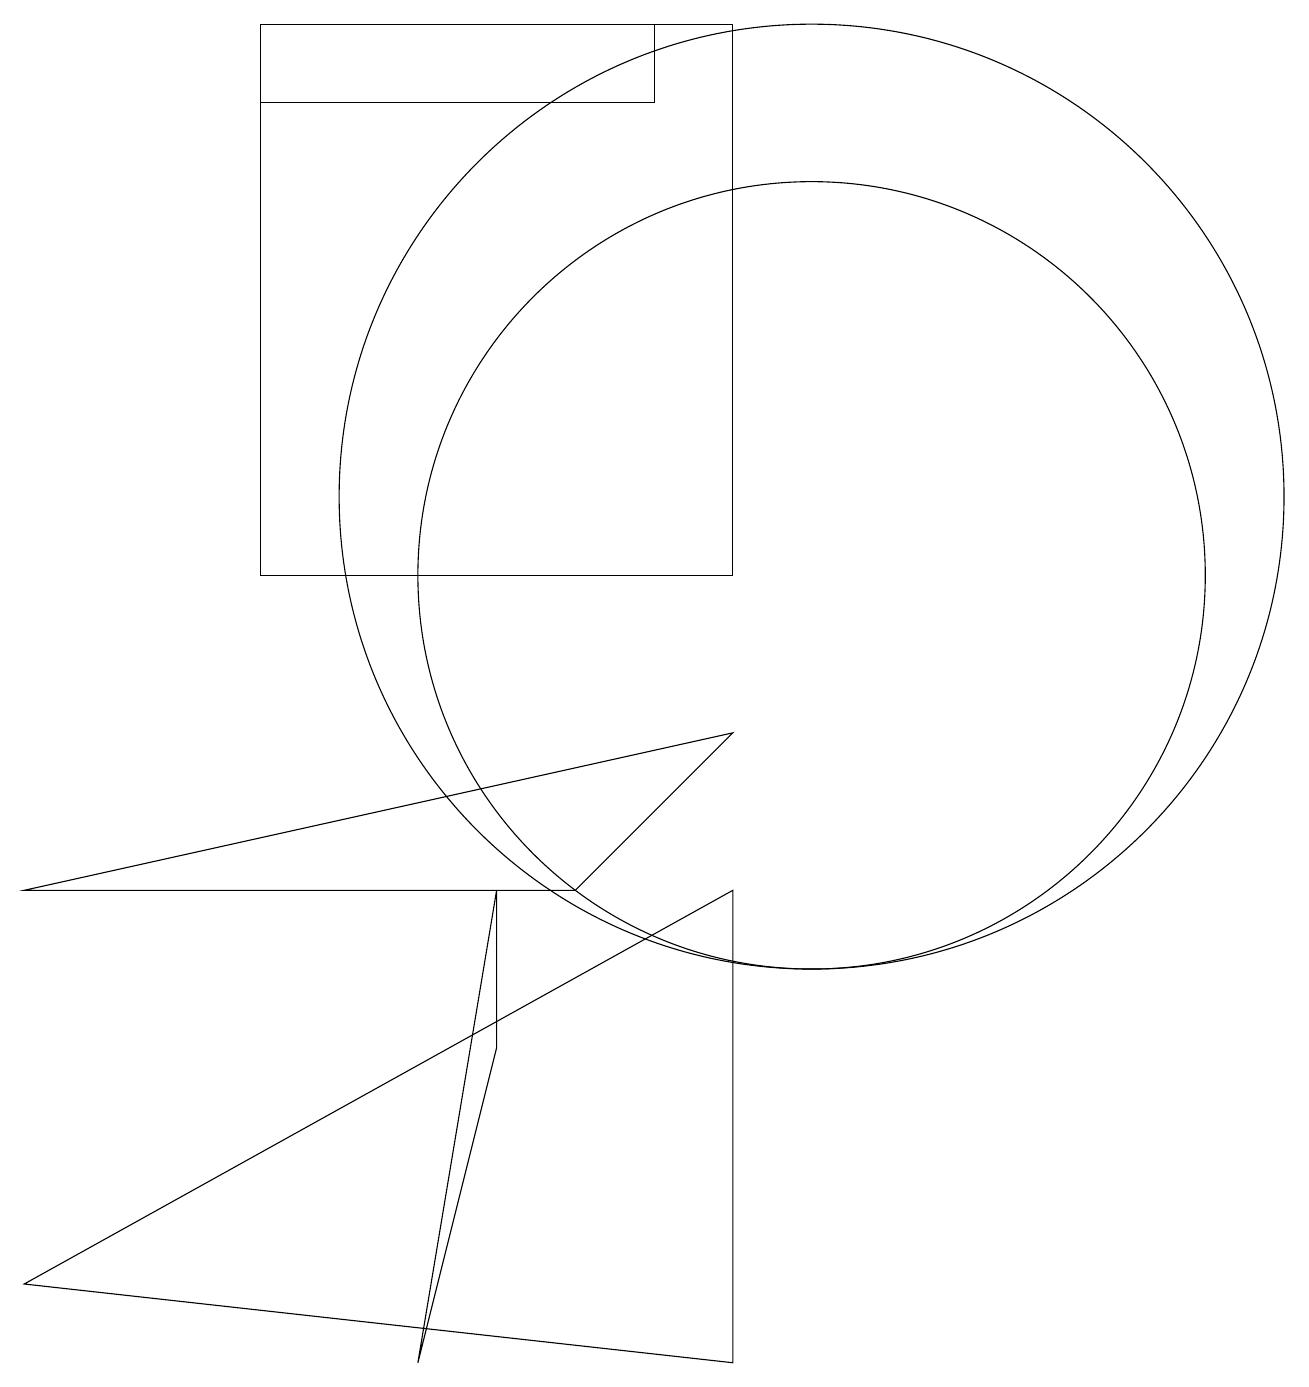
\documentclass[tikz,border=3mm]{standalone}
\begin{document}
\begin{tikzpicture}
\draw (9,8) -- (7,6) -- (0,6) -- cycle;
\draw (0,1) -- (9,0) -- (9,6) -- cycle;
\draw (6,4) -- (6,6) -- (5,0) -- cycle;
\draw (9,10) rectangle (3,17);
\draw (8,17) rectangle (3,16);
\draw (10,10) circle (5);
\draw (10,11) circle (6);
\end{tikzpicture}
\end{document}